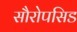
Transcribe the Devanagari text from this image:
सौरोपसिड